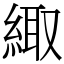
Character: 緅